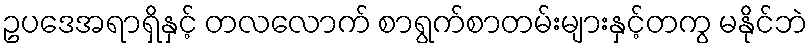
ဥပဒေအရာရှိနှင့် တလလောက် စာရွက်စာတမ်းများနှင့်တကွ မနိုင်ဘဲ